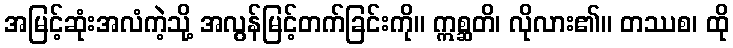
အမြင့်ဆုံးအလံကဲ့သို့ အလွန်မြင့်တက်ခြင်းကို။ ဣစ္ဆတိ၊ လိုလား၏။ တဿစ၊ ထို